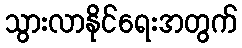
သွားလာနိုင်ရေးအတွက်